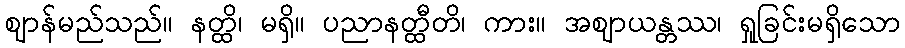
ဈာန်မည်သည်။ နတ္ထိ၊ မရှိ။ ပညာနတ္ထီတိ၊ ကား။ အဈာယန္တဿ၊ ရှုခြင်းမရှိသော